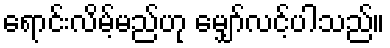
ရောင်းလိမ့်မည်ဟု မျှော်လင့်ပါသည်။